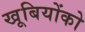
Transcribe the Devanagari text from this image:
खूबियोंको